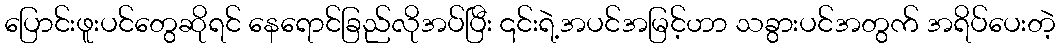
ပြောင်းဖူးပင်တွေဆိုရင် နေရောင်ခြည်လိုအပ်ပြီး ၎င်းရဲ့အပင်အမြင့်ဟာ သခွားပင်အတွက် အရိပ်ပေးတဲ့